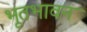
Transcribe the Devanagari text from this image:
भूतभावन